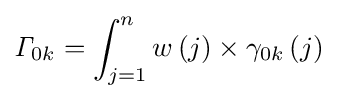
{\mathit {\Gamma }}_{0k}=\int _{j=1}^{n}{w\left(j\right)\times {\gamma }_{0k}\left(j\right)}